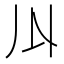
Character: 𠄓